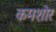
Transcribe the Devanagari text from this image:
कमशोर